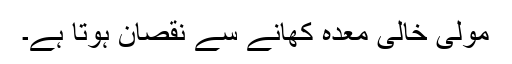
مولی خالی معدہ کھانے سے نقصان ہوتا ہے۔